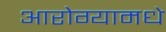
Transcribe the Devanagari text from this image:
आरोग्यामधे